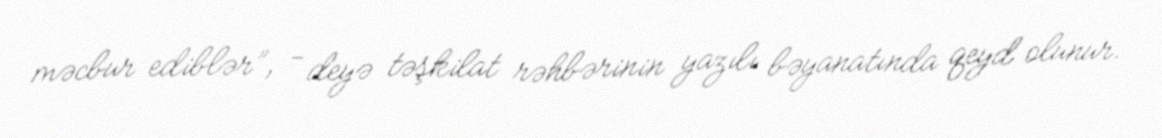
məcbur ediblər”, - deyə təşkilat rəhbərinin yazılı bəyanatında qeyd olunur.